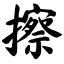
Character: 擦